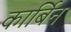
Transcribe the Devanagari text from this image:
कार्बिन